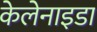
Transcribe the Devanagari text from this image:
केलेनाइडा